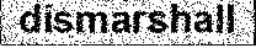
dismarshall